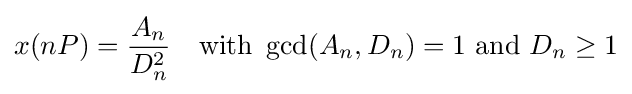
x(nP)={\frac {A_{n}}{D_{n}^{2}}}\quad {\text{with}}~\gcd(A_{n},D_{n})=1~{\text{and}}~D_{n}\geq 1